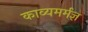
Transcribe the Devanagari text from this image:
काव्यमर्मज्ञ